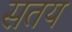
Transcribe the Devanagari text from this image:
सतय